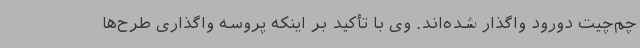
چم‌چیت دورود واگذار شده‌اند. وی با تأکید بر اینکه پروسه واگذاری طرح‌ها